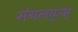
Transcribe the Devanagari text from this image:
मंगलपुरम्